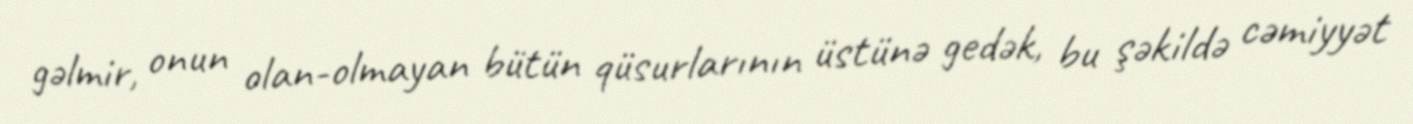
gəlmir, onun olan-olmayan bütün qüsurlarının üstünə gedək, bu şəkildə cəmiyyət